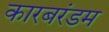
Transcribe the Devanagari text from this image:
कारबरंडम